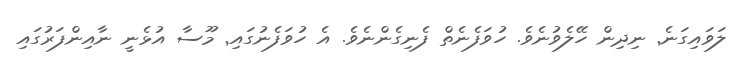
ލަވައިގަނެ